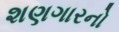
શણગારનો